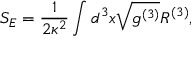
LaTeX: S _ { E } = \frac { 1 } { 2 \kappa ^ { 2 } } \int d ^ { 3 } x \sqrt { g ^ { ( 3 ) } } { R ^ { ( 3 ) } } ,